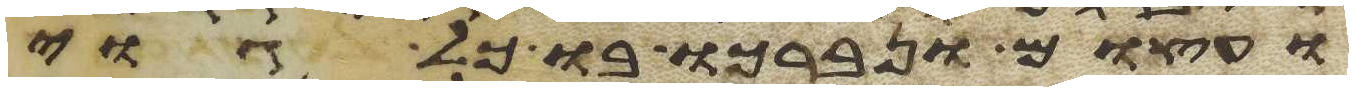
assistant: ועצום ונברכו בו כל גוי